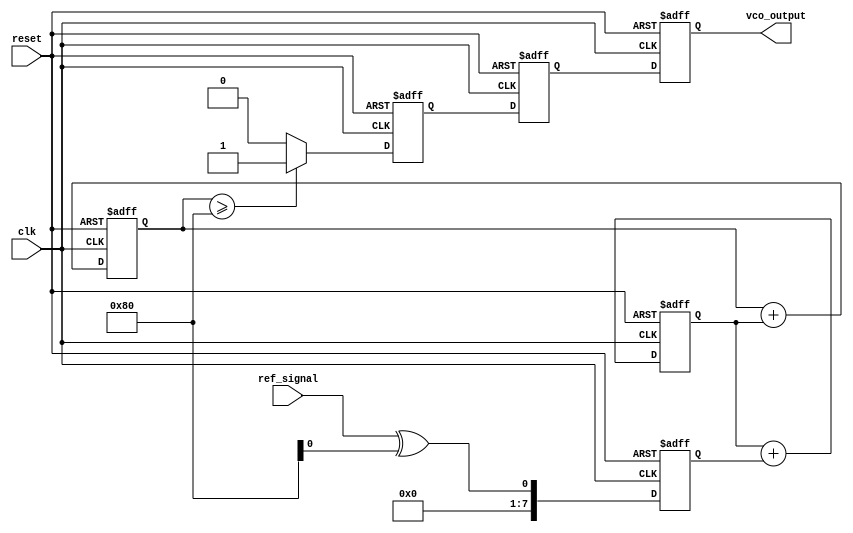
module sigma_delta_pll (
    input wire clk,               // System clock
    input wire reset,             // Reset signal
    input wire ref_signal,        // Reference input signal
    output wire vco_output        // Output of the VCO
);

// Parameters
parameter N = 8;                // Bit width for the sigma-delta modulator
parameter LOOP_FILTER_ORDER = 2; // Order of the loop filter

// Internal signals
reg [N-1:0] phase_error;        // Phase error signal
reg [N-1:0] loop_filter_output; // Output of the loop filter
reg [N-1:0] sigma_delta_output; // Output of the sigma-delta modulator
reg vco_input;                  // Input to the VCO
wire vco_output_internal;       // Internal VCO output

// Phase Detector
always @(posedge clk or posedge reset) begin
    if (reset) begin
        phase_error <= 0;
    end else begin
        // Simple phase detector logic (XOR for demonstration)
        phase_error <= ref_signal ^ vco_output_internal;
    end
end

// Loop Filter (Simple Integrator)
always @(posedge clk or posedge reset) begin
    if (reset) begin
        loop_filter_output <= 0;
    end else begin
        loop_filter_output <= loop_filter_output + phase_error; // Integrate phase error
    end
end

// Sigma-Delta Modulator
reg [N-1:0] sigma_delta_accumulator;
always @(posedge clk or posedge reset) begin
    if (reset) begin
        sigma_delta_accumulator <= 0;
        sigma_delta_output <= 0;
    end else begin
        sigma_delta_accumulator <= sigma_delta_accumulator + loop_filter_output;
        // 1-bit output based on the accumulator
        sigma_delta_output <= (sigma_delta_accumulator >= (1 << (N-1))) ? 1 : 0;
    end
end

// Digital-to-Analog Converter (DAC)
reg [N-1:0] dac_output;
always @(posedge clk or posedge reset) begin
    if (reset) begin
        dac_output <= 0;
    end else begin
        // Simple DAC: output the sigma-delta modulator value
        dac_output <= {N-1{sigma_delta_output}}; // Convert to analog (simplified)
    end
end

// Voltage-Controlled Oscillator (VCO)
reg [N-1:0] vco_frequency;
always @(posedge clk or posedge reset) begin
    if (reset) begin
        vco_frequency <= 0;
    end else begin
        // VCO frequency is a function of DAC output
        vco_frequency <= dac_output; // Simplified VCO model
    end
end

// Output of the VCO
assign vco_output = vco_frequency; // Output frequency of the PLL

endmodule